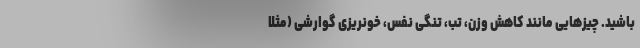
باشید. چیزهایی مانند کاهش وزن، تب، تنگی نفس، خونریزی گوارشی (مثلاً